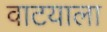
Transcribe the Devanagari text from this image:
वाटयाला